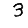
Digit: 3